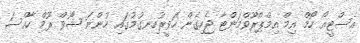
އެސްޓީއޯ ހޯމް އިމް އިމްޕްރޫވްމަންޓާ ޖެހިގެން ހަވީރުހިނގުމުގައި ހުންނަ ޝޯވް ރޫމް ހާއްސަ